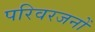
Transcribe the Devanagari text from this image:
परिवरजनों